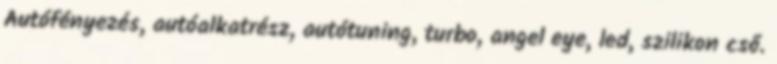
Autófényezés, autóalkatrész, autótuning, turbo, angel eye, led, szilikon cső.